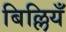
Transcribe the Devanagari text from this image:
बिल्लियँ